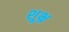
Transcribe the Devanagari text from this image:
शूभ्र